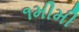
૧મીમી